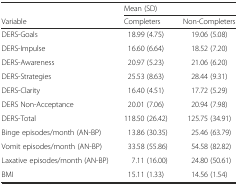
|  | <COLSPAN=2> Mean (SD) |
 | Variable | Completers | Non-Completers |
 | --- | --- | --- |
 | DERS-Goals | 18.99 (4.75) | 19.06 (5.08) |
 | DERS-Impulse | 16.60 (6.64) | 18.52 (7.20) |
 | DERS-Awareness | 20.97 (5.23) | 21.06 (6.20) |
 | DERS-Strategies | 25.53 (8.63) | 28.44 (9.31) |
 | DERS-Clarity | 16.40 (4.51) | 17.72 (5.29) |
 | DERS Non-Acceptance | 20.01 (7.06) | 20.94 (7.98) |
 | DERS-Total | 118.50 (26.42) | 125.75 (34.91) |
 | Binge episodes/month (AN-BP) | 13.86 (30.35) | 25.46 (63.79) |
 | Vomit episodes/month (AN-BP) | 33.58 (55.86) | 54.58 (82.82) |
 | Laxative episodes/month (AN-BP) | 7.11 (16.00) | 24.80 (50.61) |
 | BMI | 15.11 (1.33) | 14.56 (1.54) |